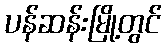
ပန်ဆန်းမြို့တွင်